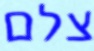
צלם